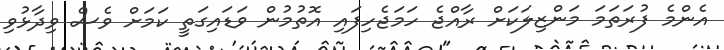
އެންމެ ފުރަތަމަ މަންޒިލަކަށް ރާއްޖެ ހަމަޖެހިފައި އޮތުމުން ވަޑައިގަތީ ކަމަށް ވެސް ވިދާޅުވި